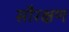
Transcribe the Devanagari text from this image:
सौरक्षण